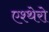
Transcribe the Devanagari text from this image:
एश्थेरो